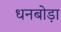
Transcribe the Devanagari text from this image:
धनबोड़ा